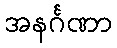
အနင်္ဂဏာ